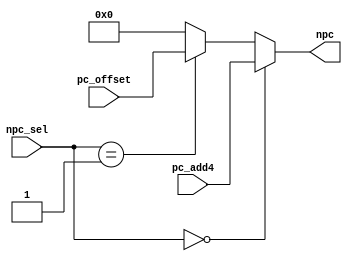
module NPC_MUX (
    input                   [ 31: 0]            pc_add4,
    input                   [ 31: 0]            pc_offset,
    //input                   [ 31: 0]            pc_j,
    input                   [ 1 : 0]            npc_sel,

    output      reg         [31 : 0]            npc
);

always @(*) begin
    if(npc_sel == 2'b00)begin
        npc = pc_add4;
    end 
    else if(npc_sel == 2'b01)begin
        npc = pc_offset;
    end
    else
        npc = 32'b0;
end
endmodule